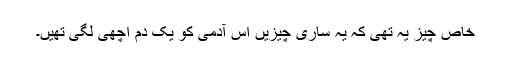
خاص چیز یہ تھی کہ یہ ساری چیزیں اس آدمی کو یک دم اچھی لگی تھیں۔